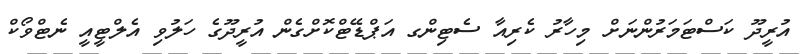
އުރީދޫ ކަސްޓަމަރުންނަށް މިހާރު ކެރިއާ ސެޓިންގ އަޕްޑޭޓްކޮށްގެން އުރީދޫގެ ހަލުވި އެލްޓީއީ ނެޓްވޯކް